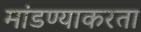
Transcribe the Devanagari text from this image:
मांडण्याकरता